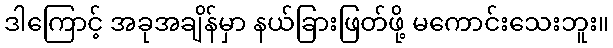
ဒါကြောင့် အခုအချိန်မှာ နယ်ခြားဖြတ်ဖို့ မကောင်းသေးဘူး။